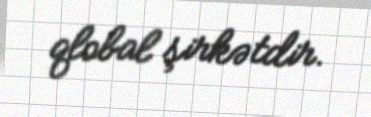
qlobal şirkətdir.